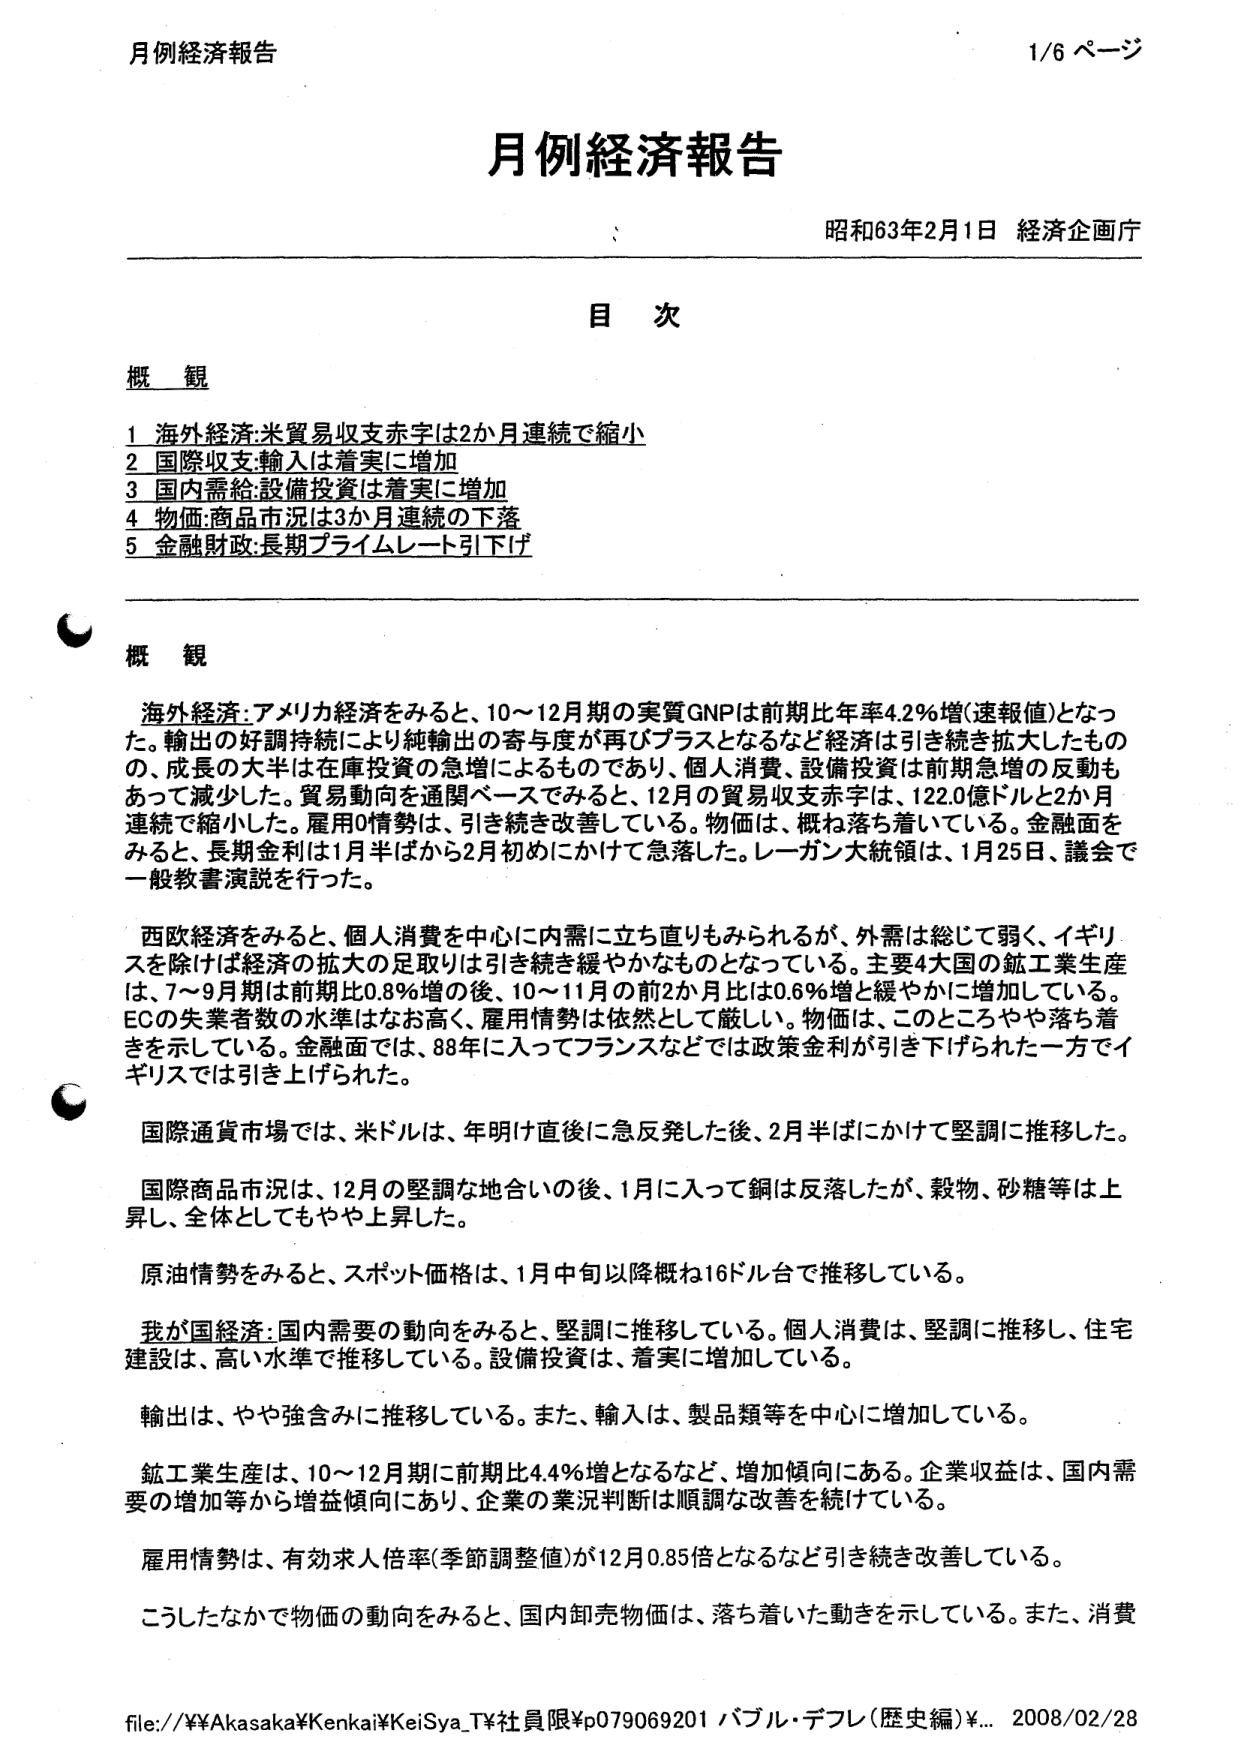
月例経済報告
1/6 ページ

月例経済報告
昭和63年2月1日 経済企画庁

目 次

概 観
1 海外経済:米貿易収支赤字は2か月連続で縮小
2 国際収支:輸入は着実に増加
3 国内需給:設備投資は着実に増加
4 物価:商品市況は3か月連続の下落
5 金融財政:長期プライムレート引下げ

概 観

海外経済:アメリカ経済をみると、10～12月期の実質GNPは前期比年率4.2％増(速報値)となった。輸出の好調持続により純輸出の寄与度が再びプラスとなるなど経済は引き続き拡大したもの、成長の大半は在庫投資の急増によるものであり、個人消費、設備投資は前期急増の反動もあって減少した。貿易動向を通関ベースでみると、12月の貿易収支赤字は、122.0億ドルと2か月連続で縮小した。雇用0情勢は、引き続き改善している。物価は、概ね落ち着いている。金融面をみると、長期金利は1月半ばから2月初めにかけて急落した。レーガン大統領は、1月25日、議会で一般教書演説を行った。

西欧経済をみると、個人消費を中心に内需に立ち直りもみられるが、外需は総じて弱く、イギリスを除けば経済の拡大の足取りは引き続き緩やかなものとなっている。主要4大国の鉱工業生産は、7～9月期は前期比0.8％増の後、10～11月の前2か月比は0.6％増と緩やかに増加している。ECの失業者数の水準はなお高く、雇用情勢は依然として厳しい。物価は、このところやや落ち着きを示している。金融面では、88年に入ってフランスなどでは政策金利が引き下げられた一方でイギリスでは引き上げられた。

国際通貨市場では、米ドルは、年明け直後に急反発した後、2月半ばにかけて堅調に推移した。

国際商品市況は、12月の堅調な地合いの後、1月に入って銅は反落したが、穀物、砂糖等は上昇し、全体としてもやや上昇した。

原油情勢をみると、スポット価格は、1月中旬以降概ね16ドル台で推移している。

我が国経済:国内需要の動向をみると、堅調に推移している。個人消費は、堅調に推移し、住宅建設は、高い水準で推移している。設備投資は、着実に増加している。

輸出は、やや強含みに推移している。また、輸入は、製品類等を中心に増加している。

鉱工業生産は、10～12月期に前期比4.4％増となるなど、増加傾向にある。企業収益は、国内需要の増加等から増益傾向にあり、企業の業況判断は順調な改善を続けている。

雇用情勢は、有効求人倍率(季節調整値)が12月0.85倍となるなど引き続き改善している。

こうしたなかで物価の動向をみると、国内卸売物価は、落ち着いた動きを示している。また、消費

file://¥¥Akasaka¥Kenkai¥KeiSya.T¥社員限¥p079069201 パブル・デフレ(歴史編)¥... 2008/02/28